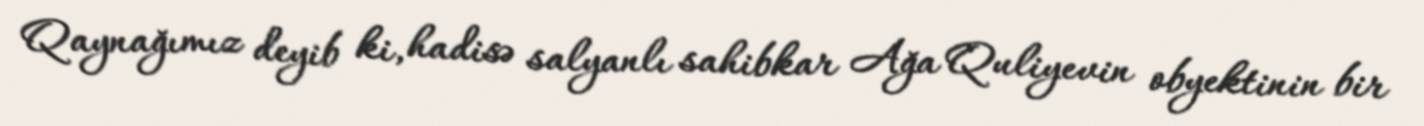
Qaynağımız deyib ki, hadisə salyanlı sahibkar Ağa Quliyevin obyektinin bir